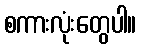
စကားလုံးတွေပါ။